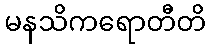
မနသိကရောတီတိ